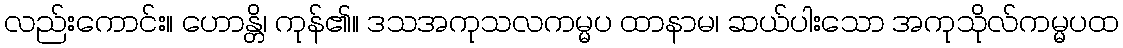
လည်းကောင်း။ ဟောန္တိ၊ ကုန်၏။ ဒသအကုသလကမ္မပ ထာနာမ၊ ဆယ်ပါးသော အကုသိုလ်ကမ္မပထ